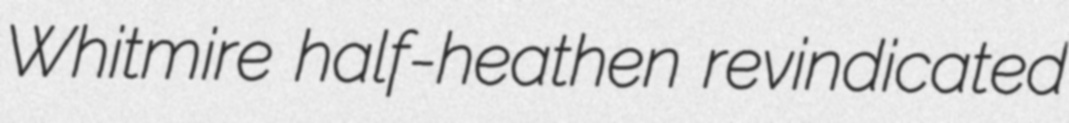
Whitmire half-heathen revindicated